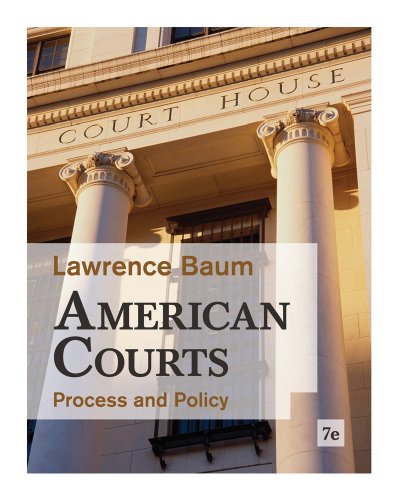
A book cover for American Courts: Process and Policy; Lawrence Baum; Law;